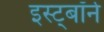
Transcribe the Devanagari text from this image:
इस्ट्बॉर्न